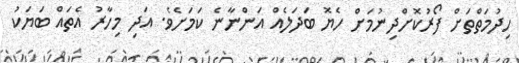
ހިދުމަތްތަށް ފޯރުކޮށްދިނުމަށް ހެޔޮ ބަދަލެއް އަންނާނެ ކަމަށެވެ. އަދި މިހާރު އެތައް ބަޔަކު